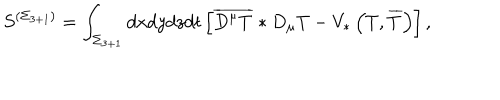
S ^ { \left( \Sigma _ { 3 + 1 } \right) } = \int _ { \Sigma _ { 3 + 1 } } d x d y d z d t \left[ \overline { { { D ^ { \mu } T } } } * D _ { \mu } T - V _ { * } \left( T , \overline { { { T } } } \right) \right] ,